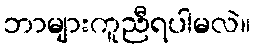
ဘာများကူညီရပါမလဲ။